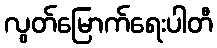
လွတ်မြောက်ရေးပါတီ